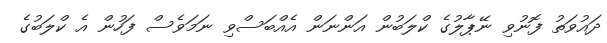
ދައުވަތު ފޮނުވި ނޭޕާލުގެ ކްލަބުން އަންނަން އެއްބަސްވި ނަމަވެސް ފަހުން އެ ކްލަބުގެ